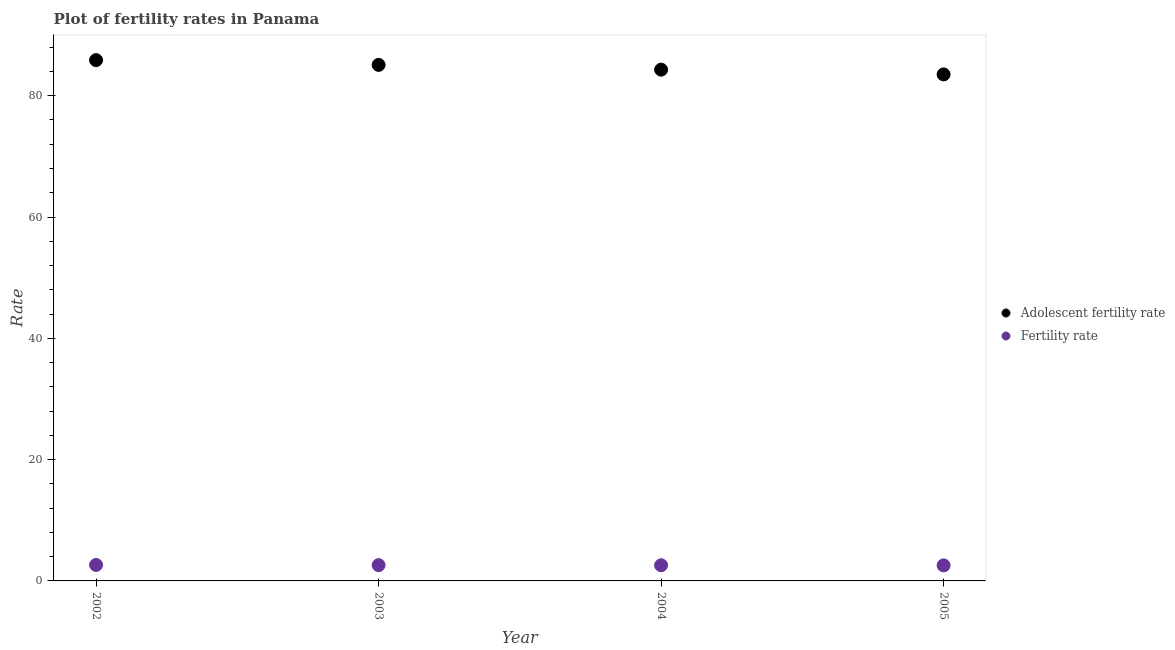
| Year | Adolescent fertility rate | Fertility rate |
 | --- | --- | --- |
 | 2002 | 85.9 | 2.63 |
 | 2003 | 85.1 | 2.6 |
 | 2004 | 84.3 | 2.58 |
 | 2005 | 83.5 | 2.56 |